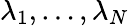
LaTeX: \lambda_{1},\dots,\lambda_{N}